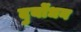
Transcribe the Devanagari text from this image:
दुर्योंधन